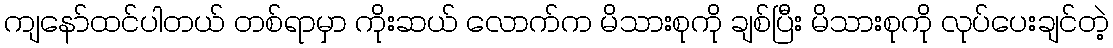
ကျနော်ထင်ပါတယ် တစ်ရာမှာ ကိုးဆယ် လောက်က မိသားစုကို ချစ်ပြီး မိသားစုကို လုပ်ပေးချင်တဲ့